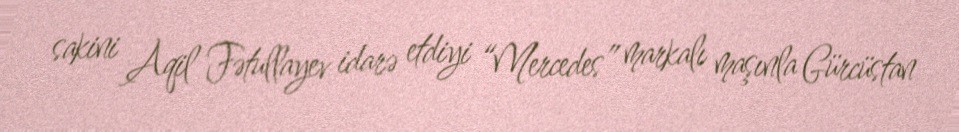
sakini Aqil Fətullayev idarə etdiyi “Mercedes” markalı maşınla Gürcüstan